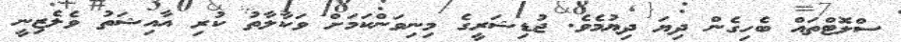
ސްލޮޓްތައް ބެހިގެން ދިޔަ ދިޔުމެވެ. ޖުޑިޝަރީގެ މިނިވަންކަމަށް ވަކާލާތު ކުރި އާއިޝަތު ވެލެޒިނީ